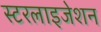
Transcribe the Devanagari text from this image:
स्टरलाइजेशन